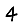
Digit: 4